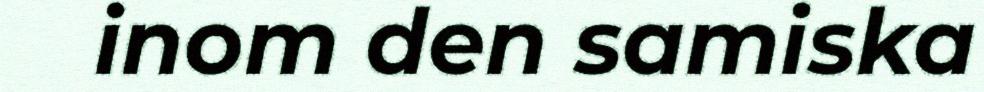
inom den samiska